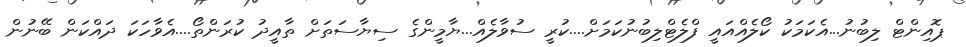
ޕޮއިންޓް ލިބުނު...އެކަމަކު ކޯލެއްއައީ ފްލެޓްލިބުނުކަމަށް....ކުރީ ސުވާލެއް...ޔާމީންގެ ސިޔާސަތަށް ތާއީދު ކުރަންތޯ....އެވާހަކަ ދައްކަން ބޭނުން